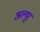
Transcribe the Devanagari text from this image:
अल्युर